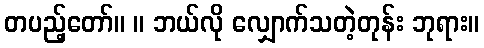
တပည့်တော်။ ။ ဘယ်လို လျှောက်သတဲ့တုန်း ဘုရား။